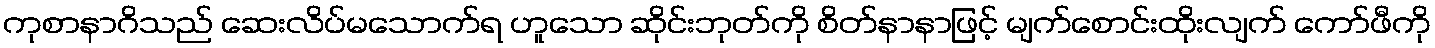
ကုစာနာဂိသည် ဆေးလိပ်မသောက်ရ ဟူသော ဆိုင်းဘုတ်ကို စိတ်နာနာဖြင့် မျက်စောင်းထိုးလျက် ကော်ဖီကို